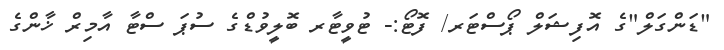
"ޑަންގަލް"ގެ އޮފިޝަލް ޕޯސްޓަރ/ ފޮޓޯ:- ޓުވީޓާރ ބޮލީވުޑްގެ ސުޕަ ސްޓާ އާމިރް ޚާންގެ